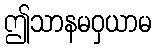
ဤသာနမဝှယာမ